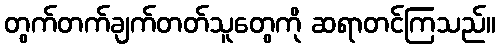
တွက်တက်ချက်တတ်သူတွေကို ဆရာတင်ကြသည်။